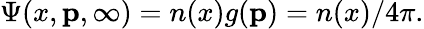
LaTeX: \Psi(x,\mathbf{p},\infty)=n(x)g(\mathbf{p})=n(x)/4\pi.